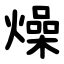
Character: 燥